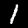
Digit: 1